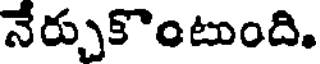
నేర్చుకొంటుంది.